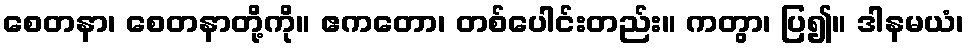
စေတနာ၊ စေတနာတို့ကို။ ဧကတော၊ တစ်ပေါင်းတည်း။ ကတွာ၊ ပြ၍။ ဒါနမယံ၊